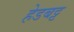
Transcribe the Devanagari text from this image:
हेडबट्ट